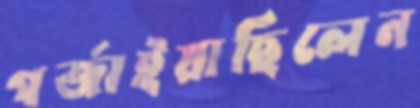
গর্জাইয়াছিলেন